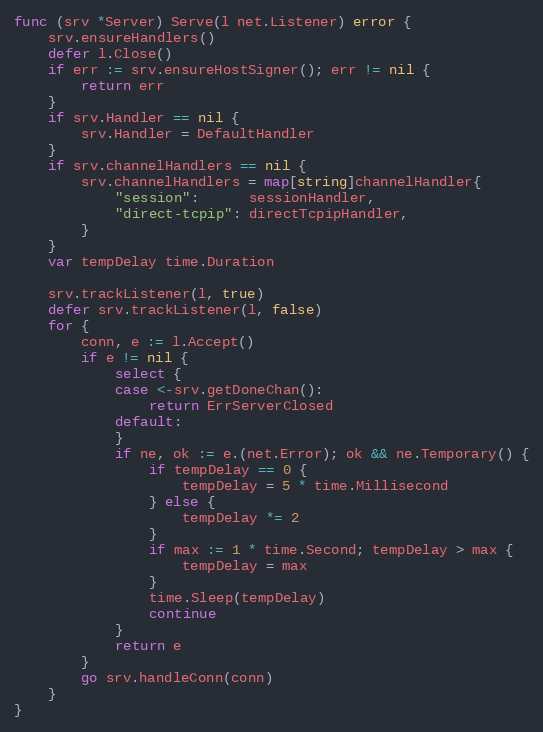
Language: Go
func (srv *Server) Serve(l net.Listener) error {
	srv.ensureHandlers()
	defer l.Close()
	if err := srv.ensureHostSigner(); err != nil {
		return err
	}
	if srv.Handler == nil {
		srv.Handler = DefaultHandler
	}
	if srv.channelHandlers == nil {
		srv.channelHandlers = map[string]channelHandler{
			"session":      sessionHandler,
			"direct-tcpip": directTcpipHandler,
		}
	}
	var tempDelay time.Duration

	srv.trackListener(l, true)
	defer srv.trackListener(l, false)
	for {
		conn, e := l.Accept()
		if e != nil {
			select {
			case <-srv.getDoneChan():
				return ErrServerClosed
			default:
			}
			if ne, ok := e.(net.Error); ok && ne.Temporary() {
				if tempDelay == 0 {
					tempDelay = 5 * time.Millisecond
				} else {
					tempDelay *= 2
				}
				if max := 1 * time.Second; tempDelay > max {
					tempDelay = max
				}
				time.Sleep(tempDelay)
				continue
			}
			return e
		}
		go srv.handleConn(conn)
	}
}